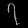
Digit: ၇